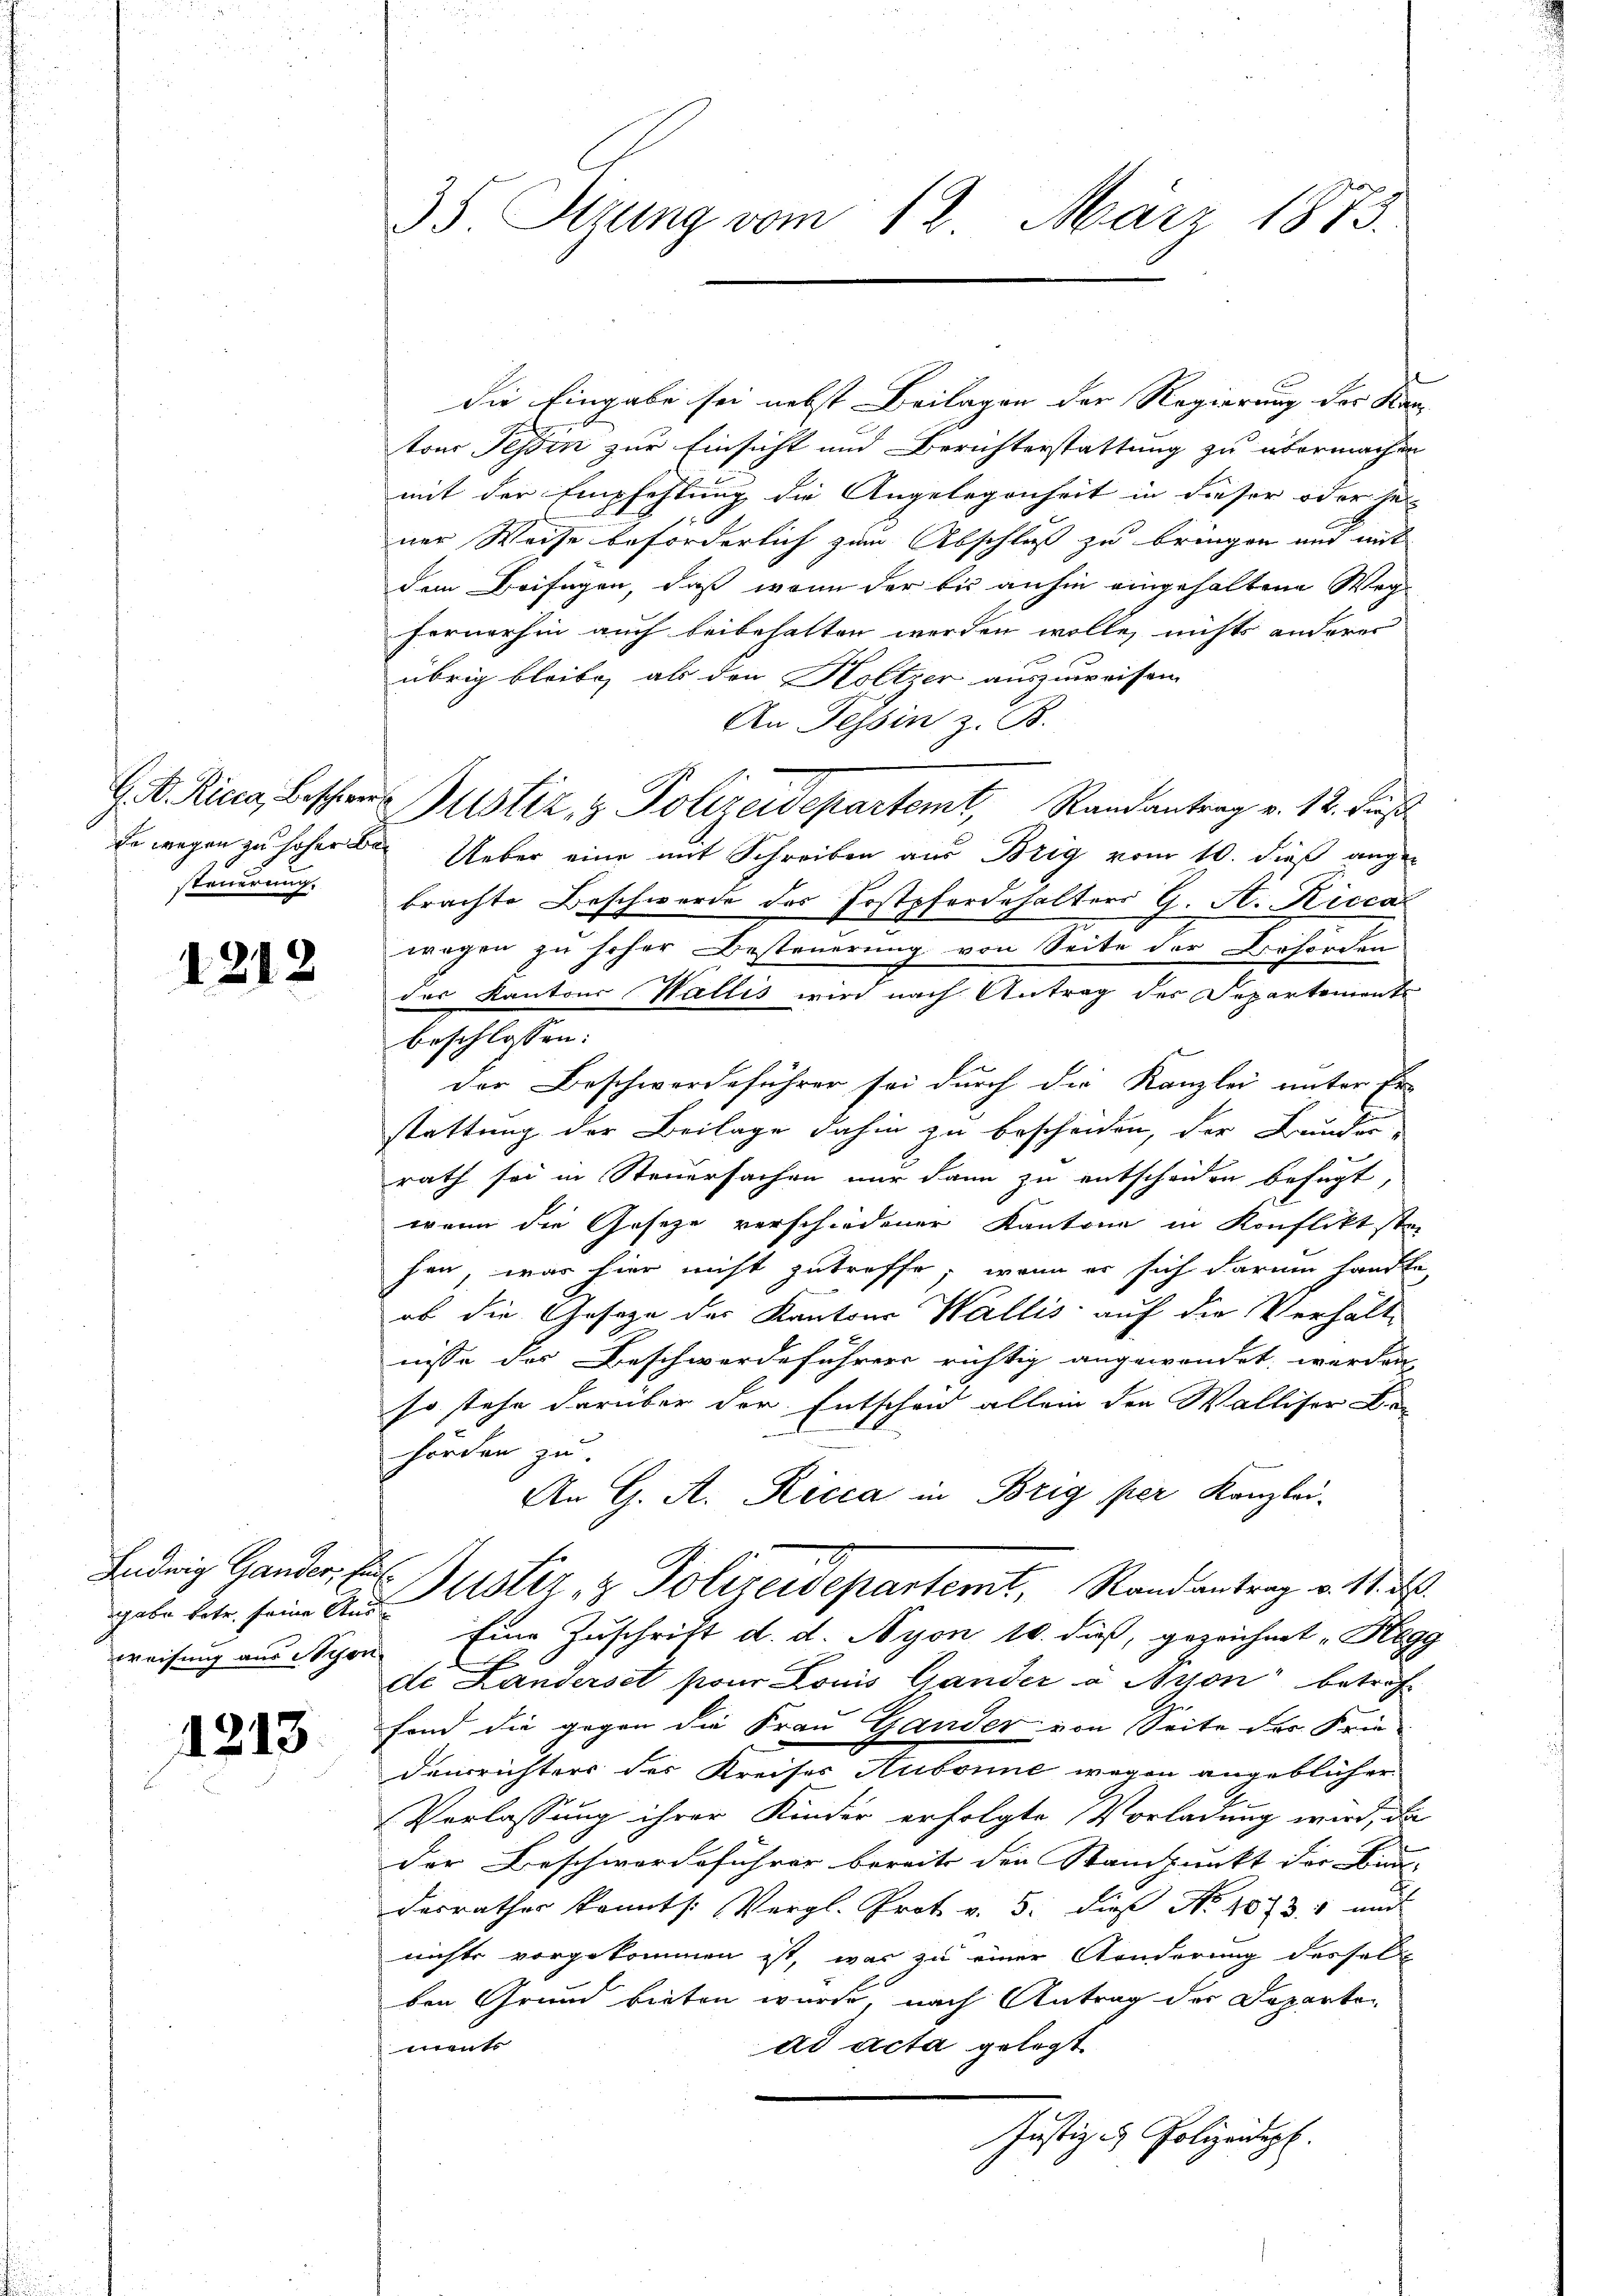
steuerung.

1212

gabe betr. seine Aus
weisung aus Lyon

1213

die Eingabe sei nebst Beilagen der Regierung der Kan-
tons Tessin zur Einsicht und Berichterstattung zu übermachen
mit der Empfehlung die Angelegenheit in dieser oder je-
ner Weise beforderlich zum Abschluß zu bringen und mit
dem Beifügen, daß wenn der bis anhin eingehaltene Weg
Fernerhin auch beibehalten werden wolle, nichts anderen
übrig bleibe, als den Holtzer auszuweisen
An Tessin z. B.
G. B. Ring, beschres Justiz & Polizeidepartemt, Randantrag v. 12. Fuß
so wegen zu hoher den Ueber eine mit Schreiben aus Brig vom 10. dieß angebrachte Beschwerde des Postpferdehalters G. A. Riccar
wegen zu scher Besteuerung von Seite der Behörden
des Kantons Wallis wird nach Antrag des Departements
beschlossen:
der Beschwerdeführer sei durch die Kanzlei unter Er-
stattung der Beilage dahin zu bescheiden, der Bunder
rath sei in Steuersachen nur dann zu entscheiden befugt,
wenn die Geseze verschiedener Kantone in Konflikt ste
han, was hier nicht zutreffe, wenn er sich darum handte,
ob die Gesetze der Kantons Wallis auf die Verhält-
nisse des Beschwerdeführer richtig angewendet werden
so stehe darüber der Entscheid allein den Walliser i
hörden zu
An G. A. Ricca in Brig per Kanzlei-
Endrig Gander. Er Justiz & Polizeidepartemt, Randantrag v. M. d
Eine Zuschrift d. d. Nyon 10. dieß, gezeichnet "Hegg
de Landerset pour Louis Gander à Nyon betref
fond die gegen die Frau Gander von Seite der Frie-
densrichters der Kreises Aubonne wegen angeblicher
Verlassung ihrer Kinder erfolgte Vorladung wird, da
der Beschwerdeführer bereits den Standpunkt der Bun- |
derrather konnt. Vergl. Prot. v. 5. dies No 10731 und
nichts vorgekommen ist, was zu einer Anderung desselb
ben Grund bieten würde, nach Antrag der Departen
ad acta gelegt.
ments
Justiz & Polizeidigt.

35. Setzung vom 12. März 1873.